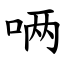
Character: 唡